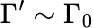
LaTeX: \Gamma^{\prime}\sim\Gamma_{0}